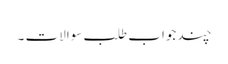
چند جواب طلب سوالات ۔